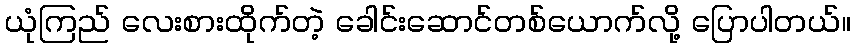
ယုံကြည် လေးစားထိုက်တဲ့ ခေါင်းဆောင်တစ်ယောက်လို့ ပြောပါတယ်။